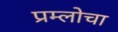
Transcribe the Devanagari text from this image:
प्रम्लोचा